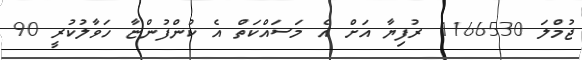
ޖުމްލަ 1166530 ރުފިޔާ އަށް އެ މަސައްކަތް އެ ކުންފުންޏާ ހަވާލުކުރީ 90